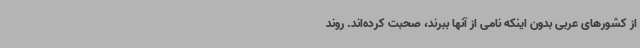
از کشورهای عربی بدون اینکه نامی از آنها ببرند، صحبت کرده‌اند. روند